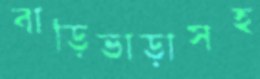
বাড়িভাড়াসহ